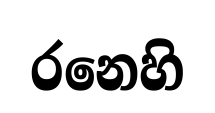
රනෙහි